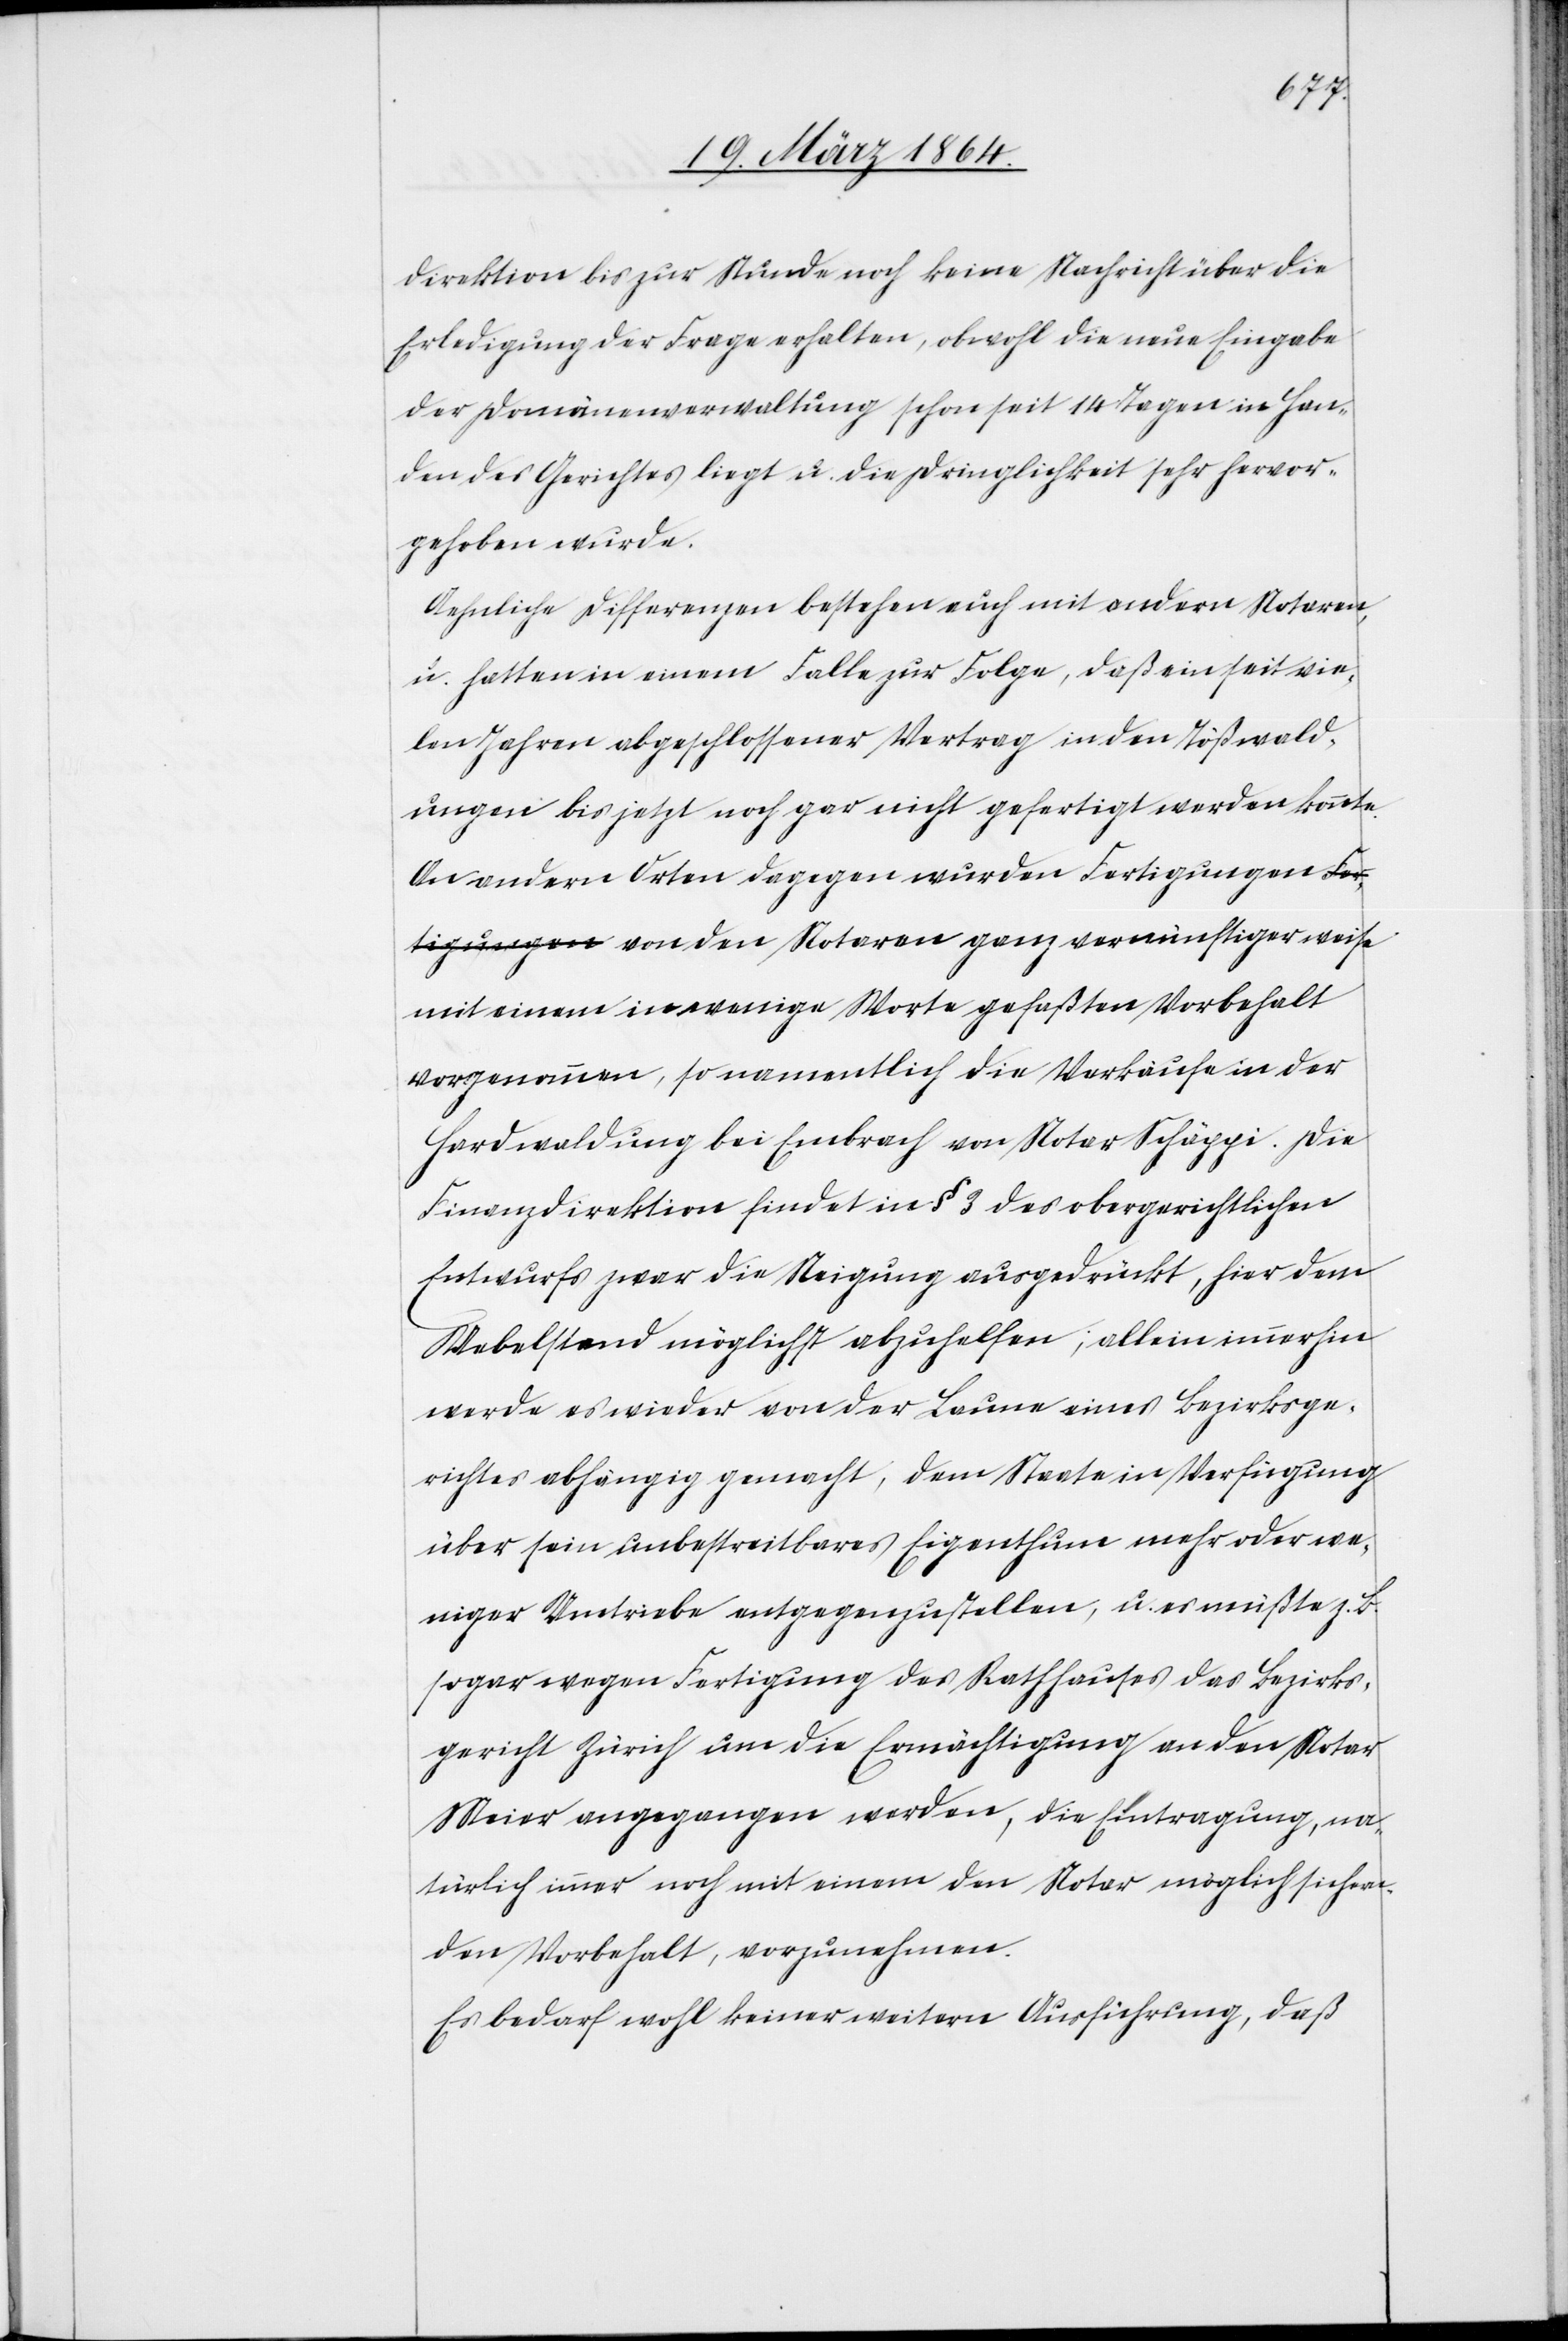
direktion bis zur Stunde noch keine Nachricht über die
Erledigung der Frage erhalten, obwohl die neue Eingabe
der Domänenverwaltung schon seit 14 Tagen in Han¬
den des Gerichtes liegt u. die Dringlichkeit sehr hervor¬
gehoben wurde.
Aehnliche Differenzen bestehen auch mit andern Notaren
u. hatten in einem Falle zur Folge, daß ein seit vie¬
len Jahren abgeschlossener Vertrag in den Tößwald¬
ungen bis jetzt noch gar nicht gefertigt werden konnte.
An andern Orten dagegen wurden Fertigungen von
mit einem in wenige Worte gefaßten Vorbehalt
vorgenommen, so namentlich die Verkäufe in der
Herdwaldung bei Embrach von Notar Schäppi. Die
Finanzdirektion findet in § 3 des obergerichtlichen
Entwurfs zwar die Neigung ausgedrückt, hier dem
Uebelstand möglichst abzuhelfen; allein immerhin
werde es wieder von der Laune eines Bezirksge¬
richtes abhängig gemacht, dem Staate in Verfügung
über sein unbestreitbares Eigenthum mehr oder we¬
niger Umtriebe entgegenzustellen, u. es müßte z. B.
sogar wegen Fertigung des Rathhauses das Bezirks¬
gericht Zürich um die Ermächtigung an den Notar
Meier angegangen werden, die Eintragung, na¬
türlich immer noch mit einem den Notar möglichst sichern¬
den Vorbehalt, vorzunehmen.
Es bedarf wohl keiner weitern Ausführung, daß